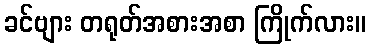
ခင်ဗျား တရုတ်အစားအစာ ကြိုက်လား။